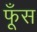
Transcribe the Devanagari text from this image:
फूँस